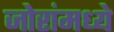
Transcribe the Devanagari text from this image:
जोरांमध्ये